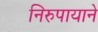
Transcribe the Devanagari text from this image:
निरुपायाने